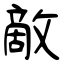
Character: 敵